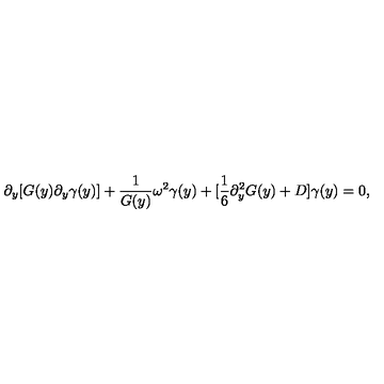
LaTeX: \partial _ { y } [ G ( y ) \partial _ { y } \gamma ( y ) ] + \frac { 1 } { G ( y ) } \omega ^ { 2 } \gamma ( y ) + [ \frac { 1 } { 6 } \partial _ { y } ^ { 2 } G ( y ) + D ] \gamma ( y ) = 0 ,